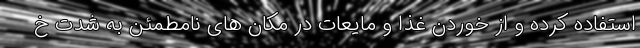
استفاده کرده و از خوردن غذا و مایعات در مکان های نامطمئن به شدت خ